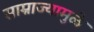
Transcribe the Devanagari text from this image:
साम्राज्यामुळे